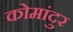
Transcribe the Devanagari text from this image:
कोमांदुर